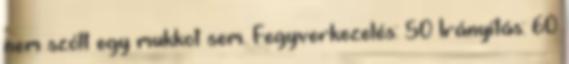
nem szólt egy mukkot sem. Fegyverkezelés: 50 Irányítás: 60